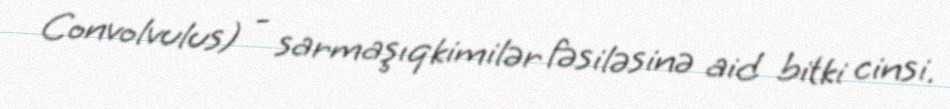
Convolvulus) - sarmaşıqkimilər fəsiləsinə aid bitki cinsi.